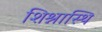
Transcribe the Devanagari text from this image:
शिश्नास्थि